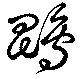
鵾